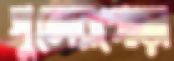
পুলেরগোড়া